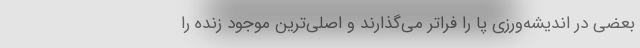
بعضی در اندیشه‌ورزی پا را فراتر می‌گذارند و اصلی‌ترین موجود زنده را